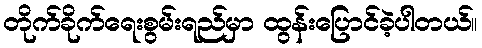
တိုက်ခိုက်ရေးစွမ်းရည်မှာ ထွန်းပြောင်ခဲ့ပါတယ်။